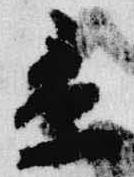
景